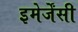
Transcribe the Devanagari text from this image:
इमेर्जेंसी